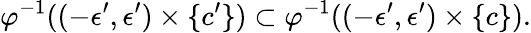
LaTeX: \varphi^{-1}((-\epsilon^{\prime},\epsilon^{\prime})\times\{ c^{\prime}\} )\subset\varphi^{-1}((-\epsilon^{\prime},\epsilon^{\prime})\times\{ c\} ).